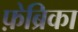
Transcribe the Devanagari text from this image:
फ़ेब्रिका